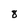
Character: 8